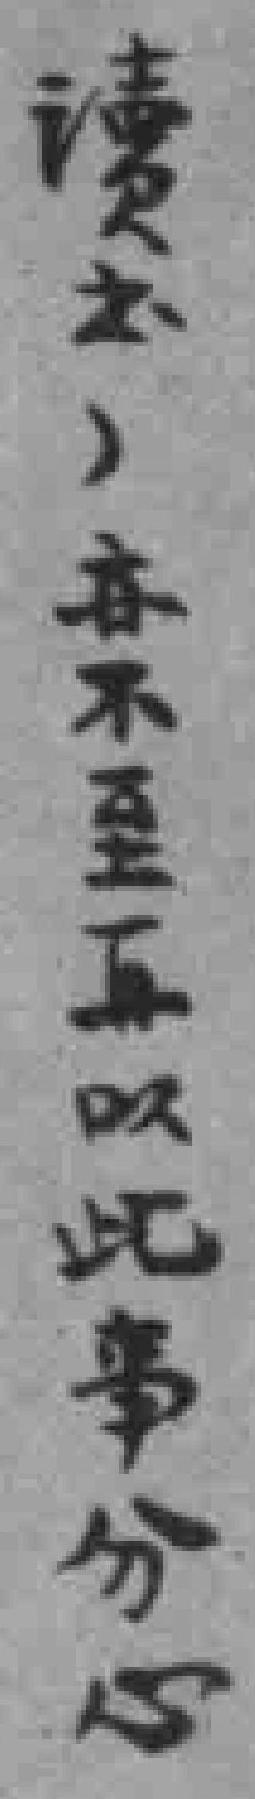
讀书，亦不至再以此事分心